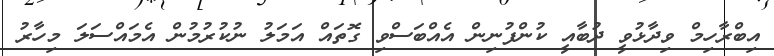
އިބްރާހިމް ވިދާޅުވީ ދުބާއީ ކުންފުނިން އެއްބަސްވި ގޮތައް އަމަލު ނުކުރުމުން އެމައްސަލަ މިހާރު